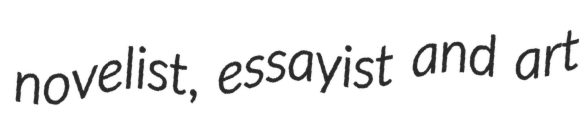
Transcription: novelist, essayist and art